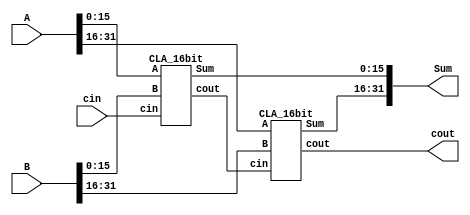
module CLA_adder_32_bit(
input [31:0] A, 
input [31:0] B, 
input  cin, 
output wire[31:0] Sum, 
output cout);
	wire cout1;

	CLA_16bit CLA1(A[15:0], B[15:0], cin, Sum[15:0], cout1);
	CLA_16bit CLA2(A[31:16], B[31:16], cout1, Sum[31:16], cout);

endmodule

module CLA_16bit(
	input wire [15:0] A, 
	input wire [15:0] B, 
	input wire cin, 
	output wire [15:0] Sum, 
	output wire cout);
	
	wire cout1,cout2,cout3;

	CLA_4bit CLA1(A[3:0], B[3:0], cin, Sum[3:0], cout1);
	CLA_4bit CLA2(A[7:4], B[7:4], cout1, Sum[7:4], cout2);
	CLA_4bit CLA3(A[11:8], B[11:8], cout2, Sum[11:8], cout3);
	CLA_4bit CLA4(A[15:12], B[15:12], cout3, Sum[15:12], cout);

endmodule

module CLA_4bit(input wire [3:0] A, 
	input wire [3:0] B, 
	input wire cin, 
	output wire[3:0] Sum, 
	output wire cout);
	
	wire [3:0] P,G,c;

	assign P=A^B;	
	assign G=A&B;
	assign c[0]= cin;
	assign c[1]= G[0] | (P[0]&c[0]);
	assign c[2]= G[1] | (P[1]&G[0]) | P[1]&P[0]&c[0];
	assign c[3]= G[2] | (P[2]&G[1]) | P[2]&P[1]&G[0] | P[2]&P[1]&P[0]&c[0];
	assign cout = G[3] | (P[3]&G[2]) | P[3]&P[2]&G[1] | P[3]&P[2]&P[1]&G[0] | P[3]&P[2]&P[1]&P[0]&c[0];
	assign Sum[3:0] =P^c;
	
endmodule